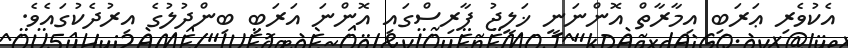
އެކުވެރި ޢަރަބި އިމާރާތް އޮންނަނީ ޚަލީޖު ފާރިސްގައި އޮންނަ އަރަބި ބިންދުލުގެ އިރުދެކުގައެވެ.